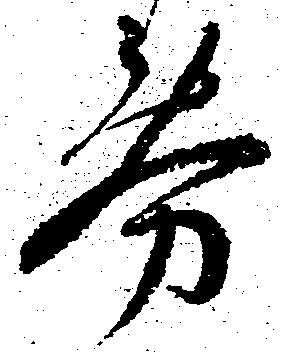
券